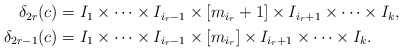
\begin{align*}\begin{aligned}\delta_{2r}(c)&=I_1\times\cdots\times I_{i_r-1}\times[m_{i_r}+1]\times I_{i_r+1}\times\cdots\times I_{k}, \\ \delta_{2r-1}(c)&=I_1\times\cdots\times I_{i_r-1}\times[m_{i_r}]\times I_{i_r+1}\times\cdots\times I_{k}.\end{aligned}\end{align*}